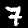
Label: 7